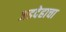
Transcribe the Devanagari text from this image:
जडदेहाचा